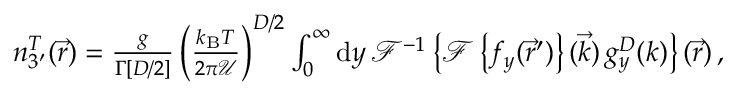
\begin{array} { r } { n _ { 3 ^ { \prime } } ^ { T } ( \vec { r } ) = \frac { g } { \Gamma [ D / 2 ] } \left( \frac { k _ { \mathrm { B } } T } { 2 \pi { \mathcal U } } \right) ^ { D / 2 } \int _ { 0 } ^ { \infty } \mathrm { d } y \, \mathcal { F } ^ { - 1 } \left\{ \mathcal { F } \left\{ f _ { y } ( \vec { r } ^ { \prime } ) \right\} ( \vec { k } ) \, g _ { y } ^ { D } ( k ) \right\} ( \vec { r } ) \, , } \end{array}